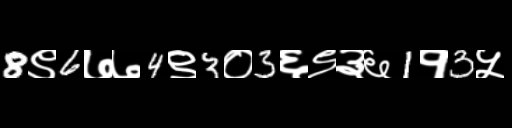
Text: 8९6७७4९3०3६९३६1१3५